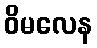
ဝိမလေန